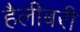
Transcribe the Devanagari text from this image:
हैलीबरी